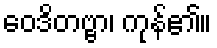
ဝေဒိတဗ္ဗာ၊ ကုန်၏။